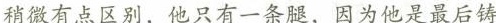
稍微有点区别，他只有一条腿，因为他是最后铸